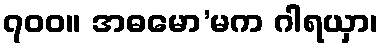
၇၀၀။ အဓမော’မက ဂါရယှာ၊